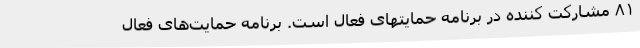
۸۱ مشارکت کننده در برنامه حمایتهای فعال است. برنامه حمایت‌های فعال